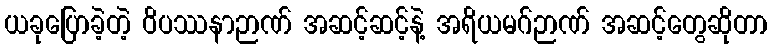
ယခုပြောခဲ့တဲ့ ဝိပဿနာဉာဏ် အဆင့်ဆင့်နဲ့ အရိယမဂ်ဉာဏ် အဆင့်တွေဆိုတာ